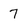
Character: 7